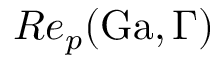
R e _ { p } ( \mathrm { G a } , \Gamma )